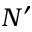
N ^ { \prime }